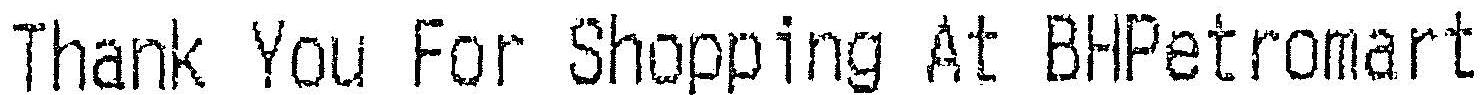
THANK YOU FOR SHOPPING AT BHPETROMART